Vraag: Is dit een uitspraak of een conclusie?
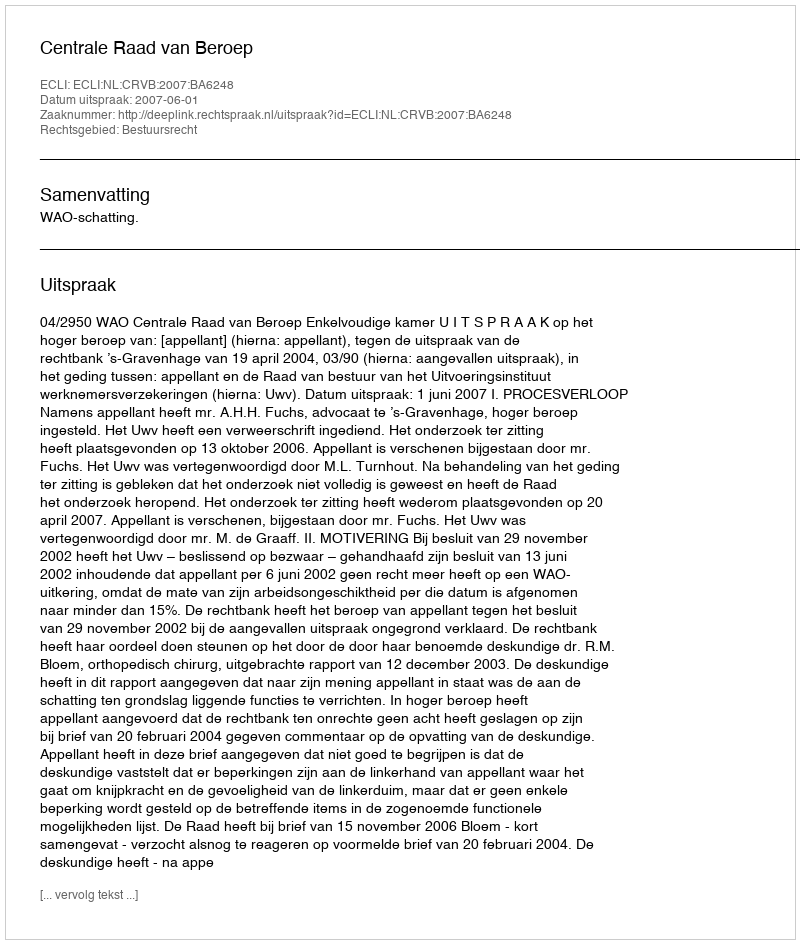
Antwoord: Uitspraak